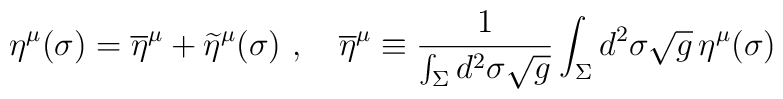
\eta^\mu(\sigma)= \overline\eta^\mu +\widetilde \eta^\mu(\sigma)\ ,\quad  \overline\eta^\mu\equiv {1\over \int_\Sigma d^2\sigma\sqrt g}\int_\Sigma  d^2\sigma\sqrt g \,\eta^\mu(\sigma)